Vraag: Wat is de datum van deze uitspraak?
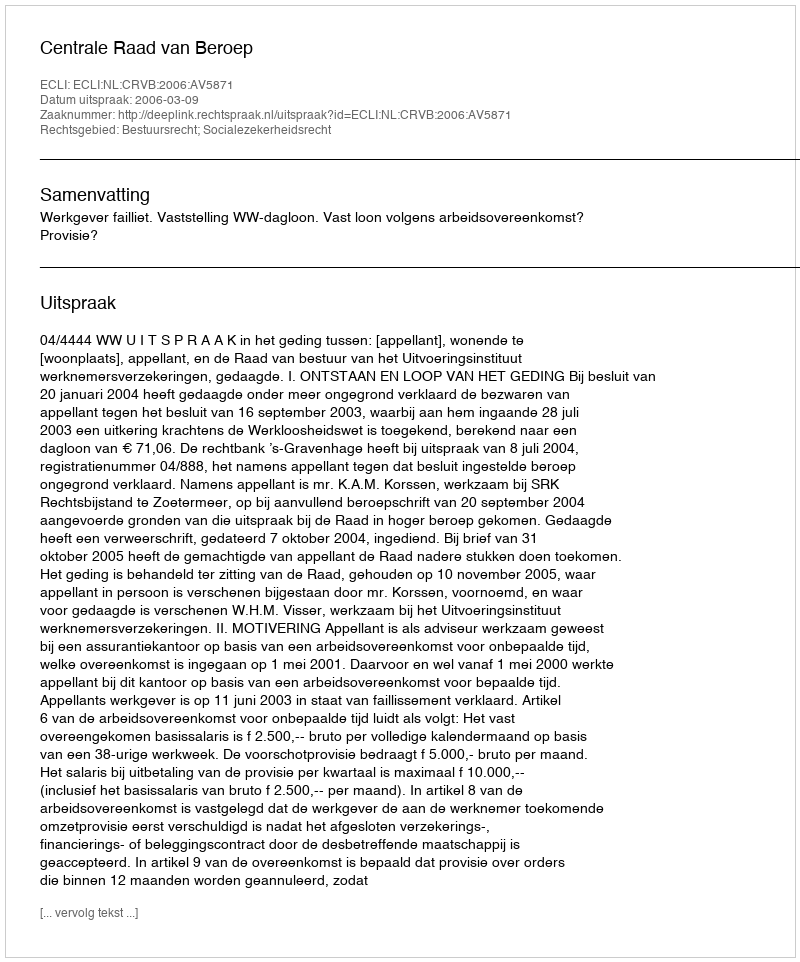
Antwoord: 2006-03-09